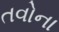
તવોના